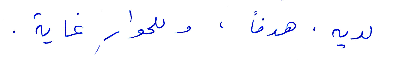
لديه، هدفًا، وللحوار غاية.